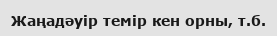
Жаңадәуір темір кен орны, т.б.